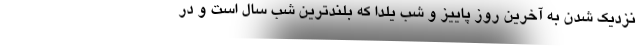
نزدیک شدن به آخرین روز پاییز و شب یلدا که بلندترین شب سال است و در